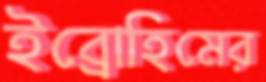
ইব্রোহিমের